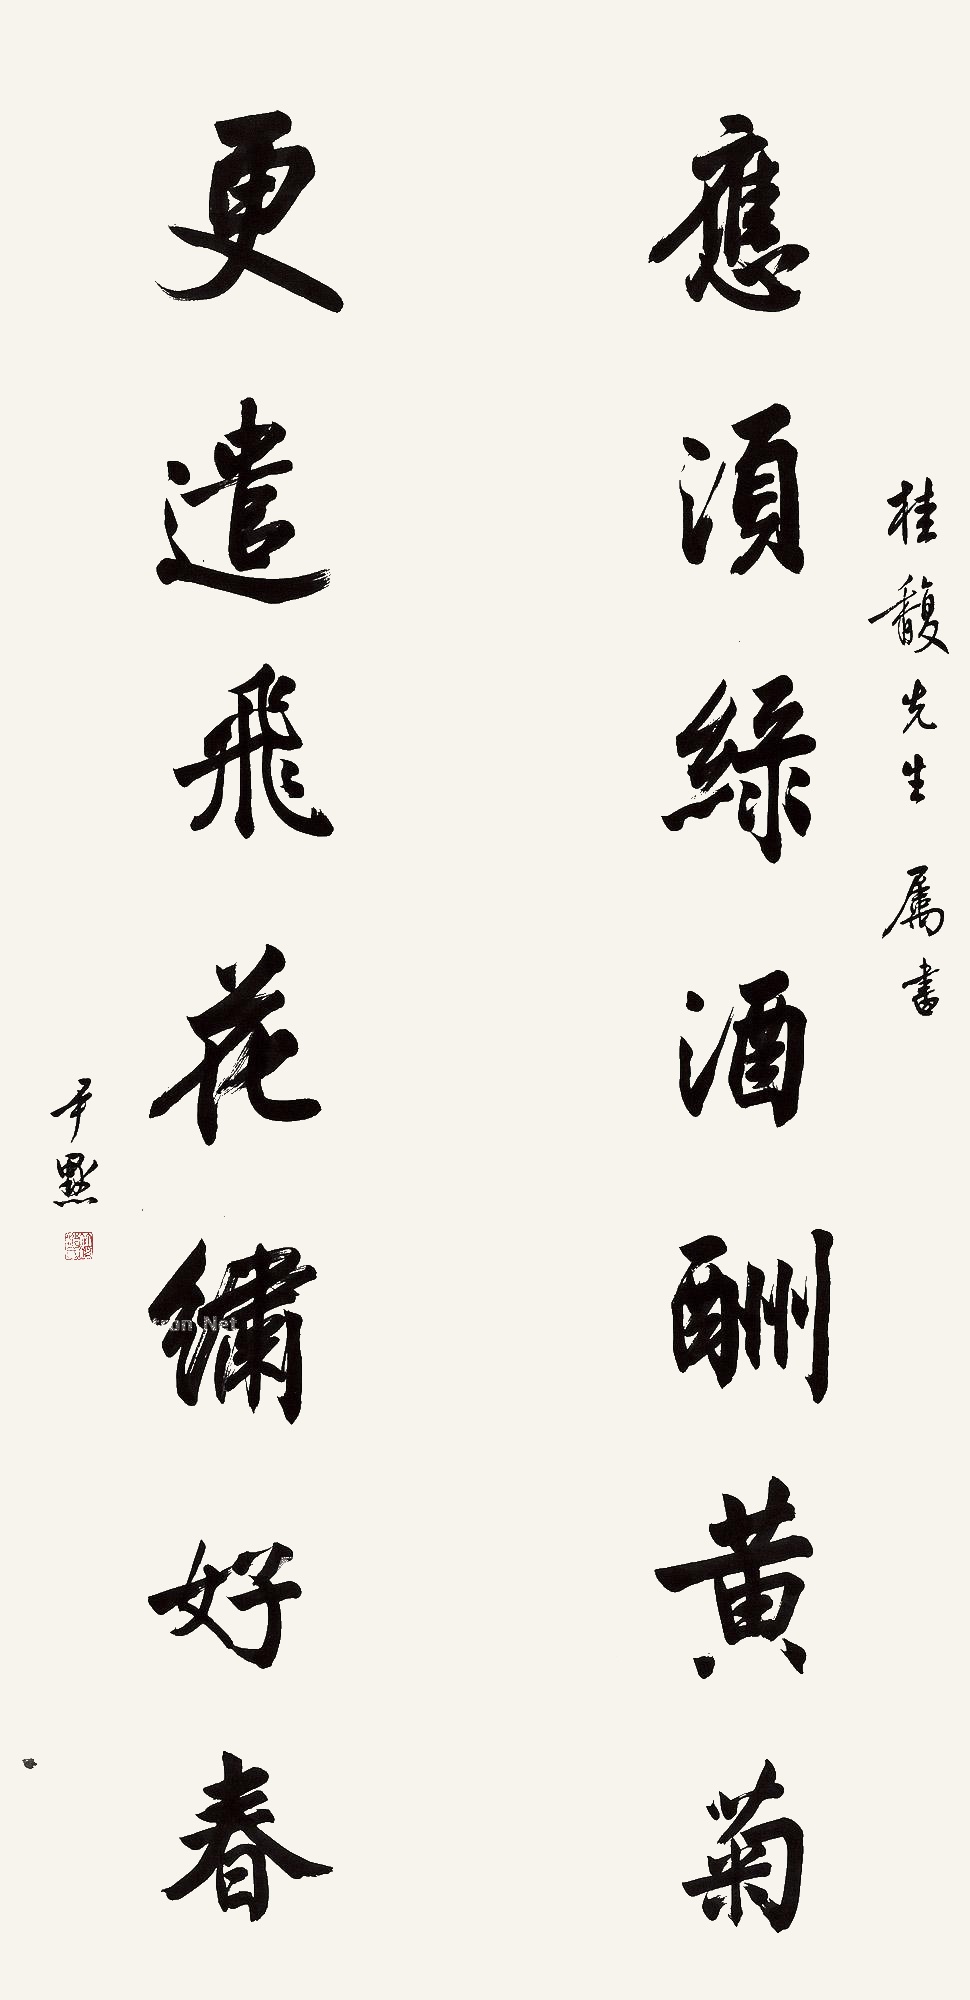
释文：应须绿酒酬黄菊，更遣飞花绣好春。桂馥先生属书，尹默。